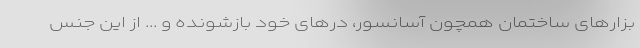
بزارهای ساختمان همچون آسانسور، درهای خود بازشونده و ... از این جنس